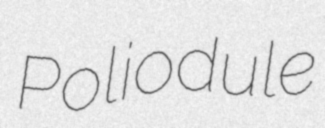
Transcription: Poliodule